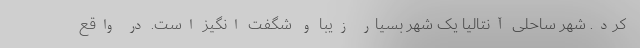
کرد. شهر ساحلی آنتالیا یک شهر بسیار زیبا و شگفت انگیز است. در واقع